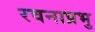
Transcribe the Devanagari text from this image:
रवनाप्रभु